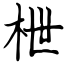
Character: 枻